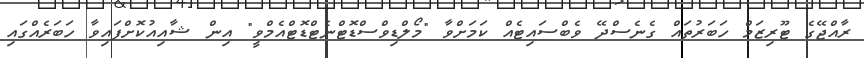
ރާއްޖޭގެ ޓޫރިޒަމް ހަބަރުތައް ގެނެސްދޭ ވެބްސައިޓެއް ކަމަށްވާ "މޯލްޑިވްސްޑޮޓްނެޓްޑޮޓްއެމްވީ" އިން ޝާއިއުކޮށްފައިވާ ހަބަރެއްގައި